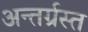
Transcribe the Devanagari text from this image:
अन्‍तर्ग्रस्‍त